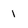
Character: 1